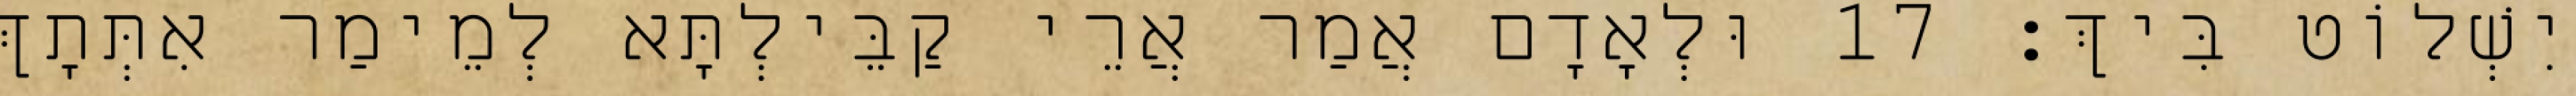
יִשְׁלוֹט בִּיךְ׃ 17 וּלְאָדָם אֲמַר אֲרֵי קַבֵּילְתָּא לְמֵימַר אִתְּתָךְ